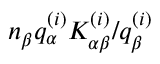
n _ { \beta } q _ { \alpha } ^ { ( i ) } K _ { \alpha \beta } ^ { ( i ) } / q _ { \beta } ^ { ( i ) }